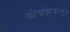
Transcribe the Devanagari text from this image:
लाेखंडापासून